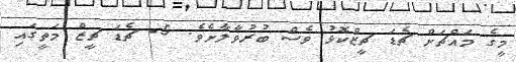
މީގެ މައްޗަށް ޗެޑަ ޗީޒްކޮޅު ވެސް ބުރުވާލާށެވެ. 5- ޗެޑަ ޗީޒް މަތީގައި